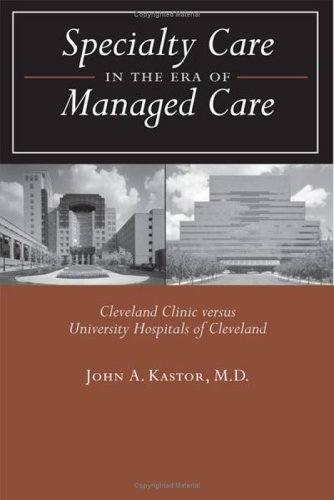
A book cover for Specialty Care in the Era of Managed Care: Cleveland Clinic versus University Hospitals of Cleveland; John A. Kastor; Medical Books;